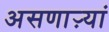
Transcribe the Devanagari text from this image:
असणाऱ्यां